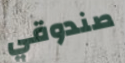
صندوقي